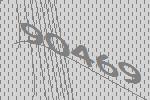
90469